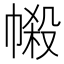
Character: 𢄌